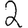
Digit: 2